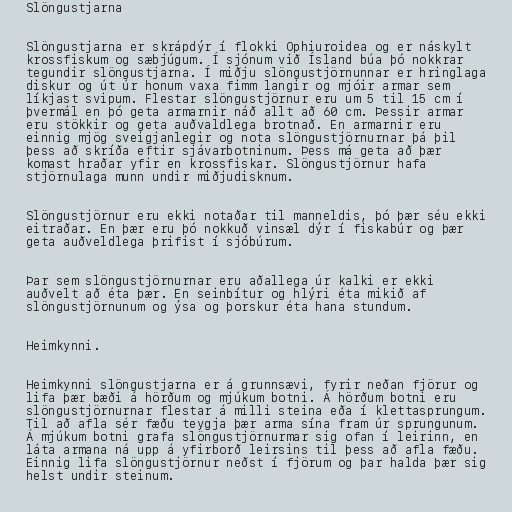
Slöngustjarna

Slöngustjarna er skrápdýr í flokki Ophiuroidea og er náskylt
krossfiskum og sæbjúgum. Í sjónum við Ísland búa þó nokkrar
tegundir slöngustjarna. Í miðju slöngustjörnunnar er hringlaga
diskur og út úr honum vaxa fimm langir og mjóir armar sem
líkjast svipum. Flestar slöngustjörnur eru um 5 til 15 cm í
þvermál en þó geta armarnir náð allt að 60 cm. Þessir armar
eru stökkir og geta auðvaldlega brotnað. En armarnir eru
einnig mjög sveigjanlegir og nota slöngustjörnurnar þá þil
þess að skríða eftir sjávarbotninum. Þess má geta að þær
komast hraðar yfir en krossfiskar. Slöngustjörnur hafa
stjörnulaga munn undir miðjudisknum.

Slöngustjörnur eru ekki notaðar til manneldis, þó þær séu ekki
eitraðar. En þær eru þó nokkuð vinsæl dýr í fiskabúr og þær
geta auðveldlega þrifist í sjóbúrum.

Þar sem slöngustjörnurnar eru aðallega úr kalki er ekki
auðvelt að éta þær. En seinbítur og hlýri éta mikið af
slöngustjörnunum og ýsa og þorskur éta hana stundum.

Heimkynni.

Heimkynni slöngustjarna er á grunnsævi, fyrir neðan fjörur og
lifa þær bæði á hörðum og mjúkum botni. Á hörðum botni eru
slöngustjörnurnar flestar á milli steina eða í klettasprungum.
Til að afla sér fæðu teygja þær arma sína fram úr sprungunum.
Á mjúkum botni grafa slöngustjörnurmar sig ofan í leirinn, en
láta armana ná upp á yfirborð leirsins til þess að afla fæðu.
Einnig lifa slöngustjörnur neðst í fjörum og þar halda þær sig
helst undir steinum.